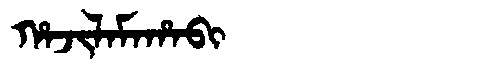
Manchu: ᡥᠠᠵᡳᠯᠠᠮᠠᡥᠠᠪᡳ
Romanization: HAJILAMAHABI